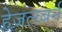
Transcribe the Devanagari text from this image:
हेज़लबर्न